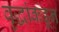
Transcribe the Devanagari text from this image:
वृद्धांकडून